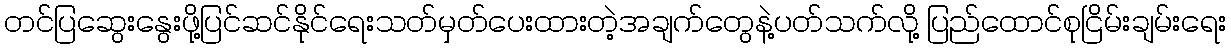
တင်ပြဆွေးနွေးဖို့ပြင်ဆင်နိုင်ရေးသတ်မှတ်ပေးထားတဲ့အချက်တွေနဲ့ပတ်သက်လို့ ပြည်ထောင်စုငြိမ်းချမ်းရေး